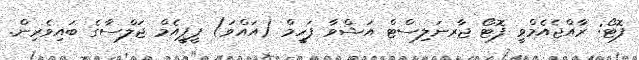
ފޮޓޯ: ރާއްޖެއެމްވީ ފޮޓޯ ޖާރނަލިސްޓް އަޝްވާ ފަހީމް (އައްވަ) ޕީޕީއެމް ޖަލްސާގެ ބައިވެރިން.